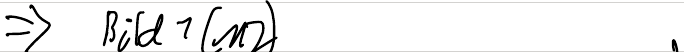
=> Bild 1 (M2)